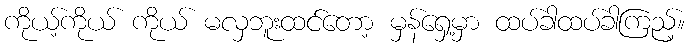
ကိုယ့်ကိုယ် ကိုယ် မလှဘူးထင်တော့ မှန်ရှေ့မှာ ထပ်ခါထပ်ခါကြည့်။